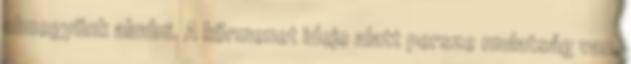
elmegyünk aludni. A körmenet ideje alatt persze mulatság van,